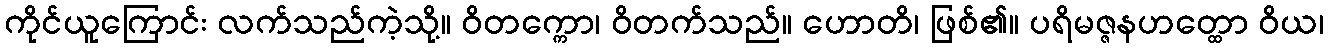
ကိုင်ယူကြောင်း လက်သည်ကဲ့သို့။ ဝိတက္ကော၊ ဝိတက်သည်။ ဟောတိ၊ ဖြစ်၏။ ပရိမဇ္ဇနဟတ္ထော ဝိယ၊